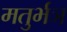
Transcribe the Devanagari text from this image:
मतुर्भञ